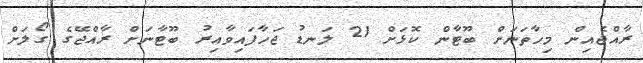
ރާއްޖެއިން މިހާތަނަށް ބޫޓާން ކޮޅަށް 21 ލަނޑު ޖަހާފައިވާއިރު ބޫޓާނަށް ރާއްޖޭގެ ގޯލަށް